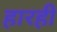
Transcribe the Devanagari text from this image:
हारही